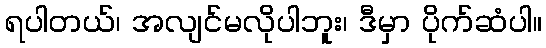
ရပါတယ်၊ အလျင်မလိုပါဘူး၊ ဒီမှာ ပိုက်ဆံပါ။